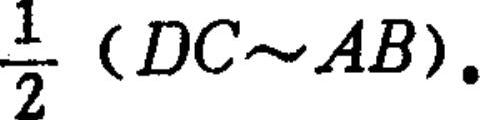
$\frac{1}{2}(DC\sim AB).$